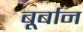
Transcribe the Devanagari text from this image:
बूर्बान